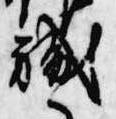
職